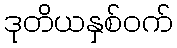
ဒုတိယနှစ်ဝက်